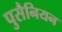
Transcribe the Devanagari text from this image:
पुसैनियन